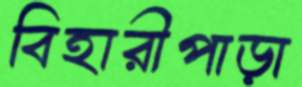
বিহারীপাড়া